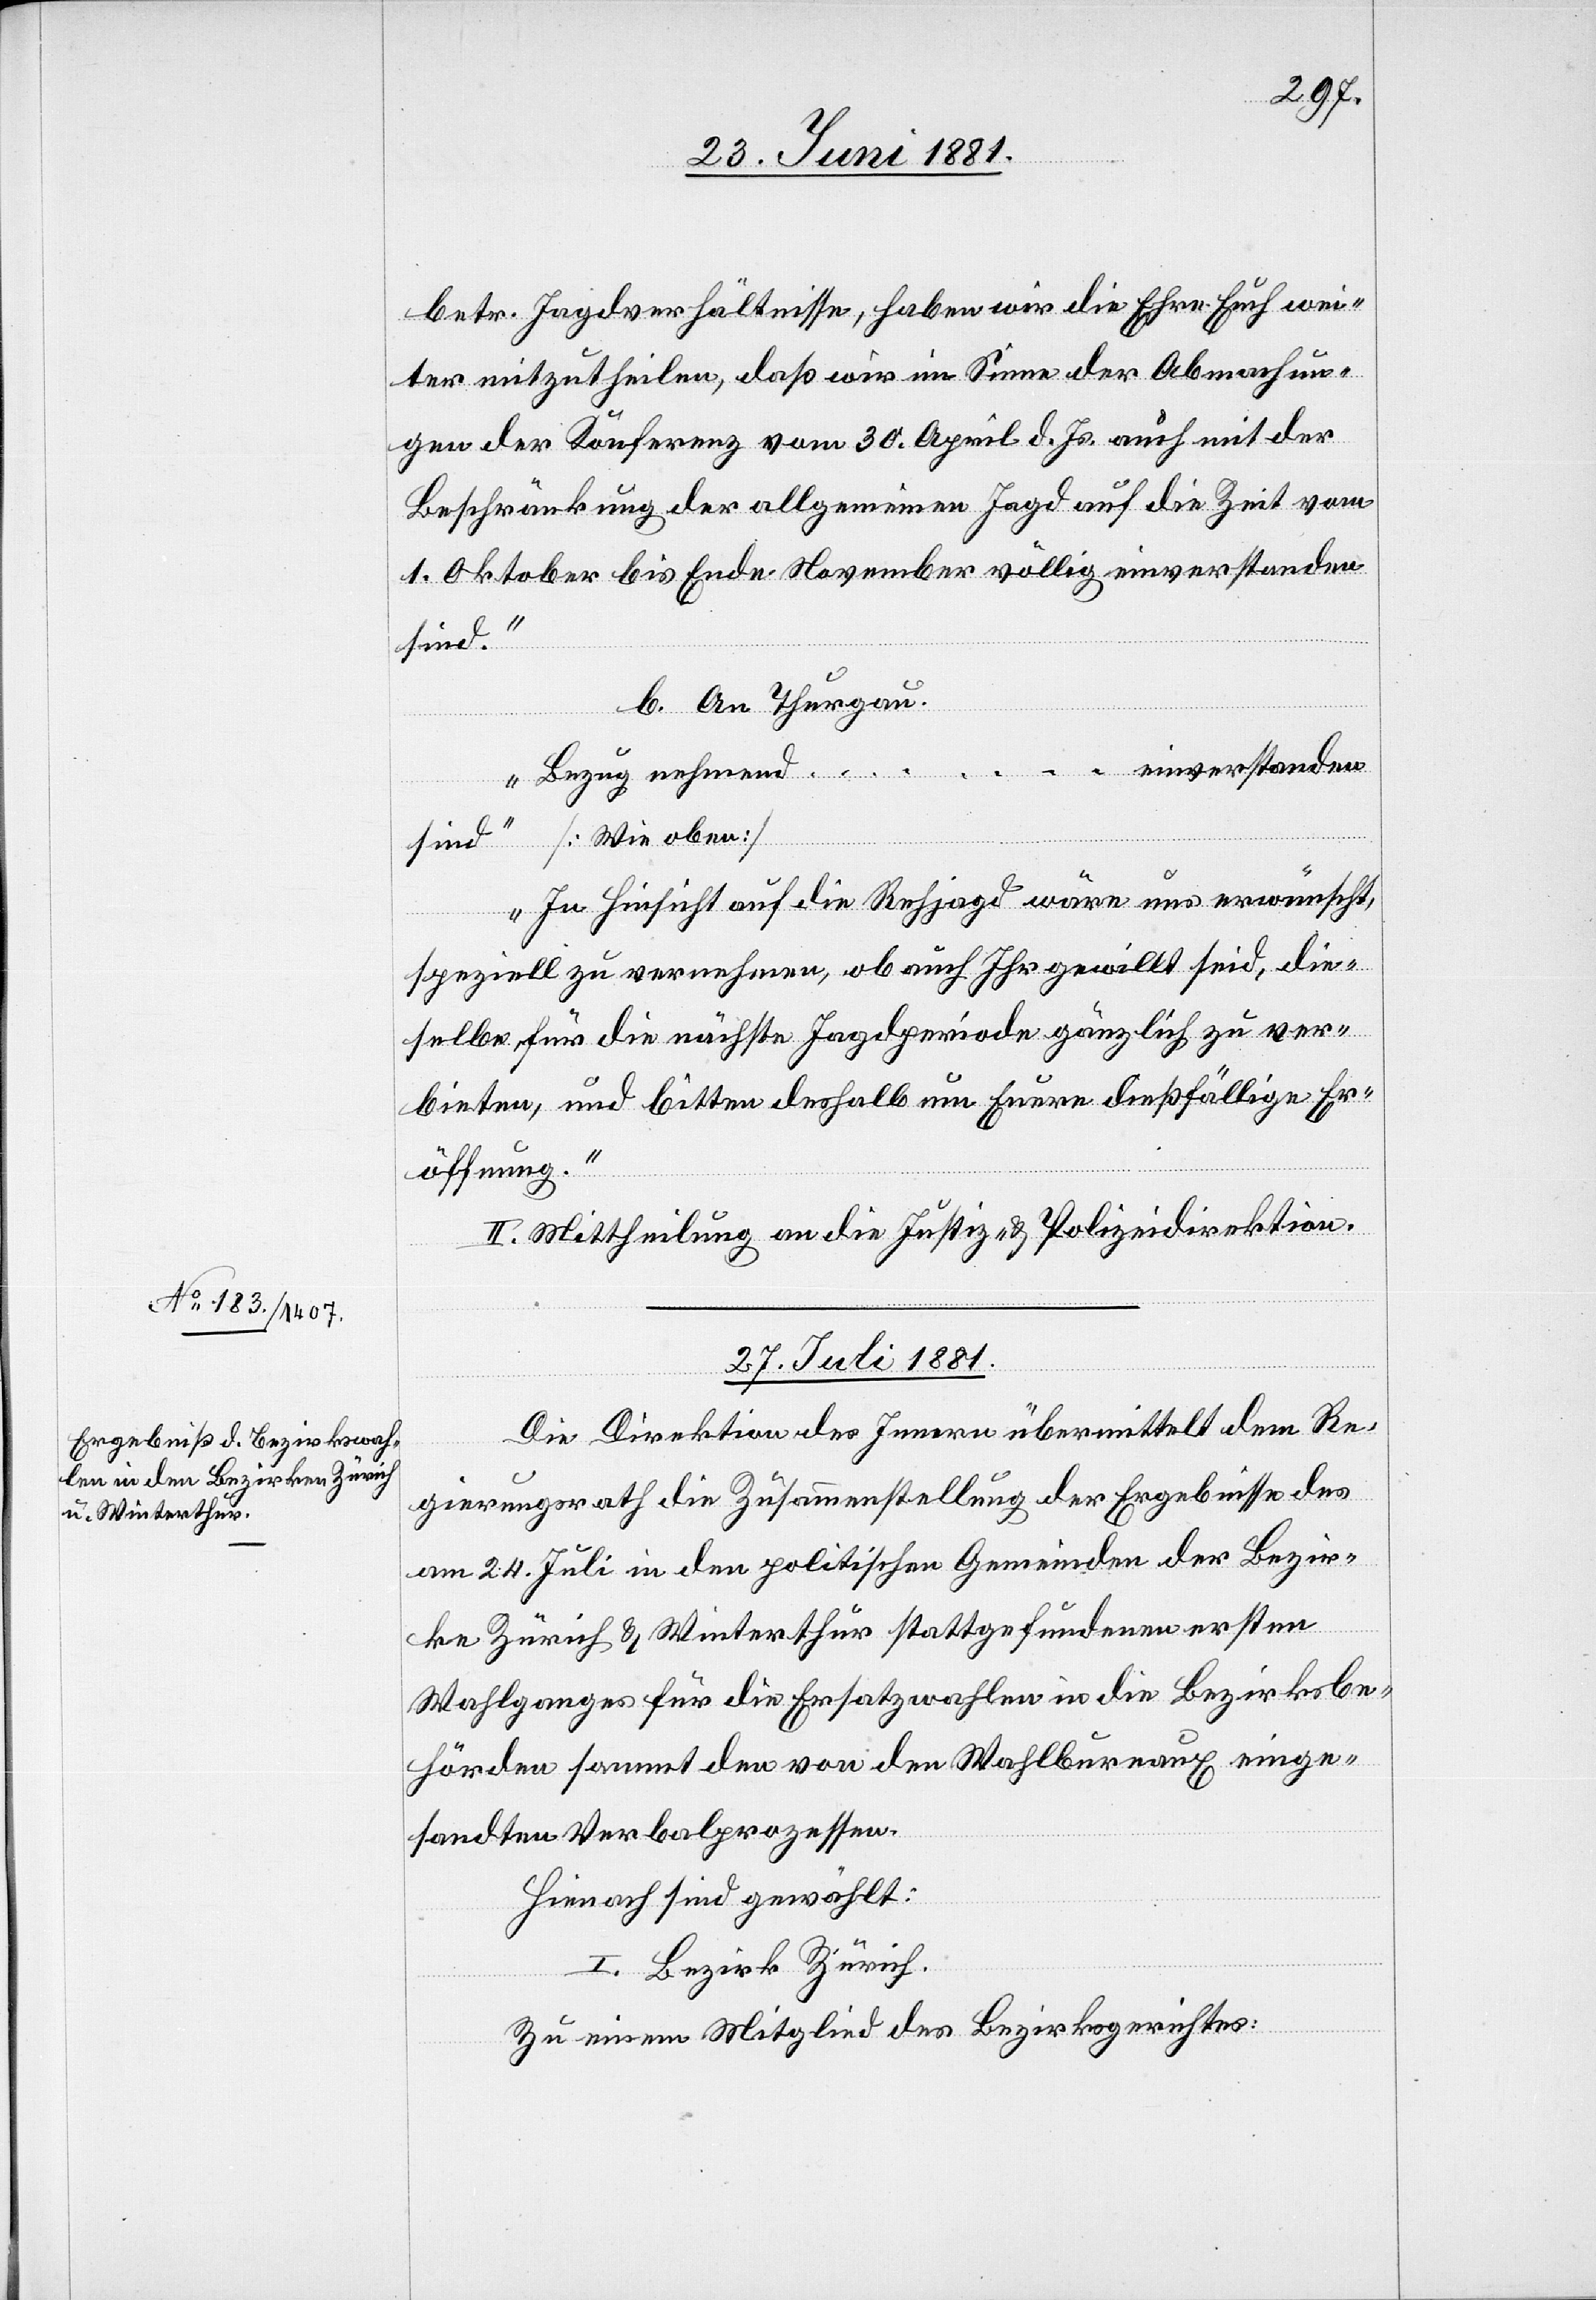
betr. Jagdverhältnisse, haben wir die Ehre Euch wei¬
ter mitzutheilen, daß wir im Sinne der Abmachun¬
gen der Konferenz vom 30. April d. Js. auch mit der
Beschränkung der allgemeinen Jagd auf die Zeit vom
1. Oktober bis Ende November völlig einverstanden
sind.“
b. An Thurgau.
… einverstanden
„Bezug nehmend
sind [Wie oben]
In Hinsicht auf die Rehjagd wäre uns erwünscht,
speziell zu vernehmen, ob auch Ihr gewillt seid, die¬
selbe für die nächste Jagdperiode gänzlich zu ver¬
bieten, und bitten deshalb um Euere dießfällige Er¬
öffnung.“
II. Mittheilung an die Justiz- & Polizeidirektion.
27. Juli 1881.
Die Direktion des Innern übermittelt dem Re¬
gierungsrath die Zusammenstellung der Ergebnisse des
am 24. Juli in den politischen Gemeinden der Bezir¬
ke Zürich & Winterthur stattgefundenen ersten
Wahlgangs für die Ersatzwahlen in die Bezirksbe¬
hörden sammt den von den Wahlbureaux einge¬
sandten Verbalprozessen.
Hienach sind gewählt:
I. Bezirk Zürich.
Zu einem Mitglied des Bezirksgerichtes: